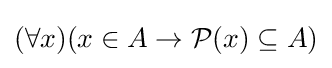
(\forall x)(x\in A\to {\mathcal {P}}(x)\subseteq A)